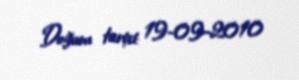
Doğum tarixi: 19-09-2010